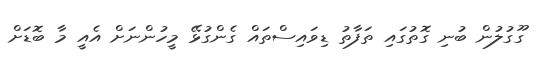
ގޫގުލުން ބުނި ގޮތުގައި ތަފާތު ޑިވައިސްތައް ގެންގުޅޭ މީހުންނަށް އެއީ މާ ބޮޑަށް